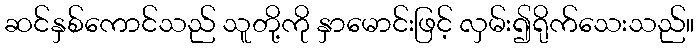
ဆင်နှစ်ကောင်သည် သူတို့ကို နှာမောင်းဖြင့် လှမ်း၍ရိုက်သေးသည်။